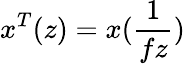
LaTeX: x^{T}(z)=x(\frac{1}{fz})